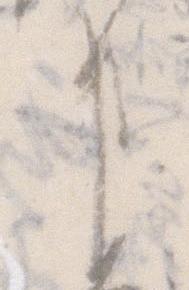
事